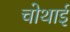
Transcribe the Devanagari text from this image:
चोथाई